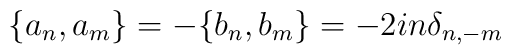
\{a_n,a_m\}=-\{b_n,b_m\}=-2in{\delta}_{n,-m}